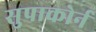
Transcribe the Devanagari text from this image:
सुपाकोर्न